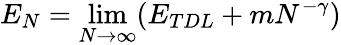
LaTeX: E_{N}=\operatorname*{lim}_{N\rightarrow\infty}(E_{TDL}+mN^{-\gamma})